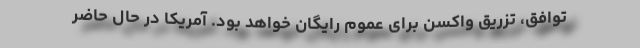
توافق، تزریق واکسن برای عموم رایگان خواهد بود. آمریکا در حال حاضر